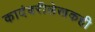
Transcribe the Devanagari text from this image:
कादंबरीलेखकही